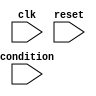
module generate_while_loop (
    input wire condition,
    input wire clk,
    input wire reset,
    // Other input/output ports declarations
);

reg [31:0] counter;

always @ (posedge clk or posedge reset) begin
    if (reset) begin
        counter <= 0;
    end else begin
        if (condition) begin
            // Perform actions or statements inside the while loop
            // Increment the counter if needed
            counter <= counter + 1;
        end
    end
end

// Other logic or code within the module

endmodule